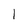
Character: 1